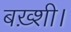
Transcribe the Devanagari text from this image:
बख़्शी।